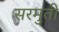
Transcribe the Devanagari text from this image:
सरमुती